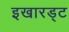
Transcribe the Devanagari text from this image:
इखारड्ट